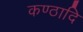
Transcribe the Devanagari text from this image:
कण्ठादि